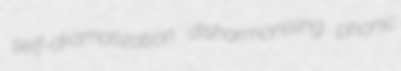
self-dramatization disharmonising phonic